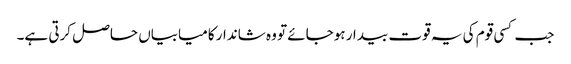
جب کسی قوم کی یہ قوت بیدار ہوجائے تو وہ شاندار کامیابیاں حاصل کرتی ہے۔